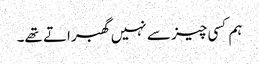
ہم کسی چیز سے نہیں گھبراتے تھے۔